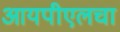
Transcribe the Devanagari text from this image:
आयपीएलचा